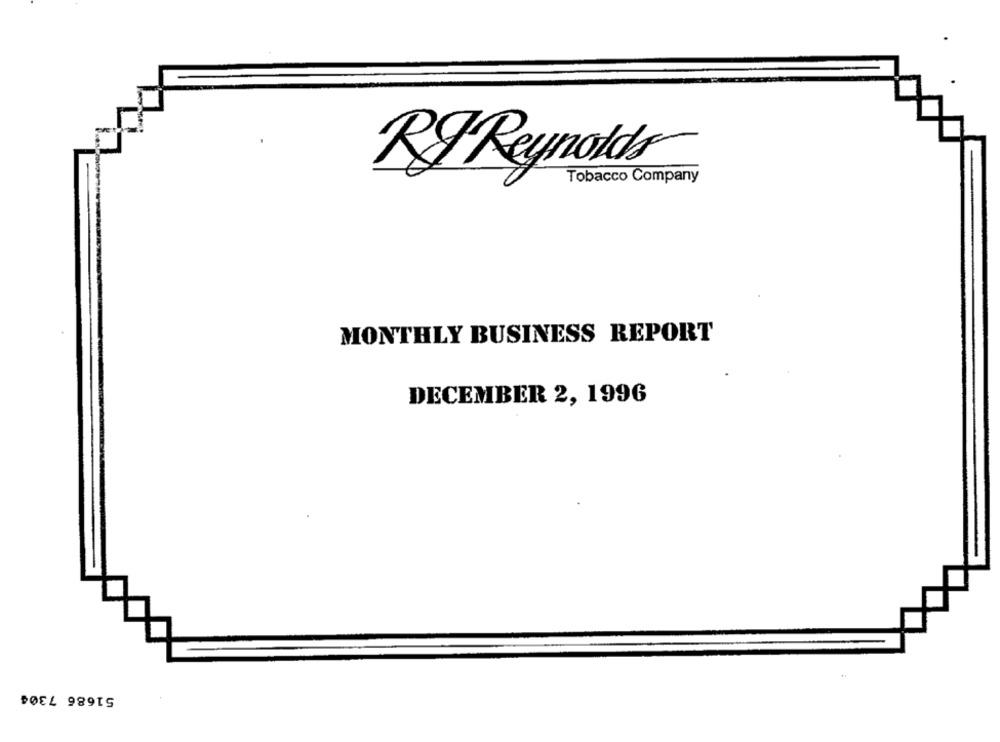
RF Reynolds
Tobacco Company
MONTHLY BUSINESS REPORT
DECEMBER 2, 1996
51686 7304